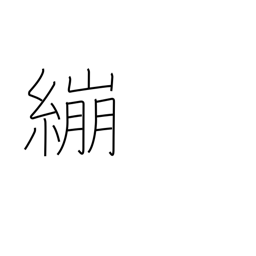
Meaning: wrap